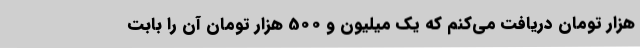
هزار تومان دریافت می‌کنم که یک میلیون و 500 هزار تومان آن را بابت